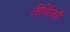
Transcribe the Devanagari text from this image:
तीर्थिकों